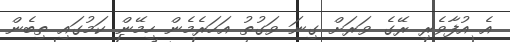
އެ އުފާވެރި ރޭގެ ވަރަށް ގިނަ ވަގުތު އަހަރެމެން ހިމޭން ކަމުގައި ތިބެން